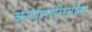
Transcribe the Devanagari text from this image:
कथनमीमांसा